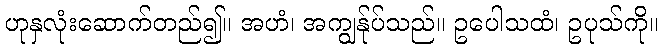
ဟုနှလုံးဆောက်တည်၍။ အဟံ၊ အကျွန်ုပ်သည်။ ဥပေါသထံ၊ ဥပုသ်ကို။